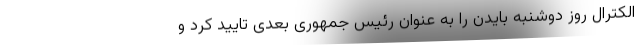
الکترال روز دوشنبه بایدن را به عنوان رئیس جمهوری بعدی تایید کرد و